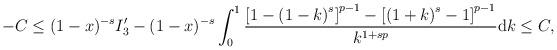
LaTeX: \begin{align*}\begin{aligned}-C\leq(1-x)^{-s}I_3'-(1-x)^{-s}\int_{0}^{1}\frac{\left[1-\left(1-k\right)^s\right]^{p-1}-\left[\left(1+k\right)^s-1\right]^{p-1}}{k^{1+sp}}\mathrm{d}k\leq C,\\\end{aligned}\end{align*}